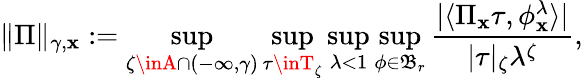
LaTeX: \| \Pi\| _{\gamma,\mathbf{x}}:=\operatorname*{sup}_{\zeta\inA\cap(-\infty,\gamma)}\operatorname*{sup}_{\tau\inT_{\zeta}}\operatorname*{sup}_{\lambda<1}\operatorname*{sup}_{\phi\in\mathfrak{{B}}_{r}}\frac{{|\langle\Pi_{\mathbf{x}}\tau,\phi_{\mathbf{x}}^{\lambda}\rangle|}}{{|\tau|_{\zeta}\lambda^{\zeta}}},